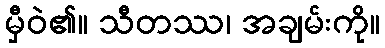
မှီဝဲ၏။ သီတဿ၊ အချမ်းကို။